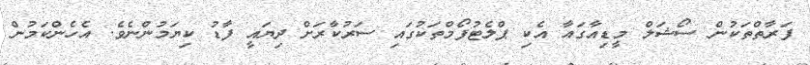
ފަރާތްތަކުން ސޯޝަލް މީޑިއާގައާ އެކި ޕްލެޓުފޯމްތަކުގައި ސަރުކާރަށް ދިޔައީ ފާޑު ކިޔަމުންނެވެ. އެހެންކަމުން